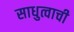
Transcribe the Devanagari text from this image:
साधुत्वाची